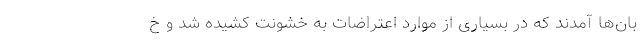
بان‌ها آمدند که در بسیاری از موارد اعتراضات به خشونت کشیده شد و خ